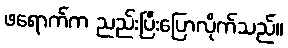
ဖရောက်က ညည်းပြီးပြောလိုက်သည်။